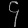
Digit: ၄